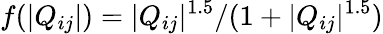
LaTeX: f(|Q_{ij}|)=|Q_{ij}|^{1.5}/(1+|Q_{ij}|^{1.5})